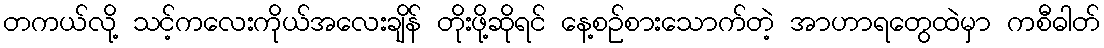
တကယ်လို့ သင့်ကလေးကိုယ်အလေးချိန် တိုးဖို့ဆိုရင် နေ့စဉ်စားသောက်တဲ့ အာဟာရတွေထဲမှာ ကစီဓါတ်